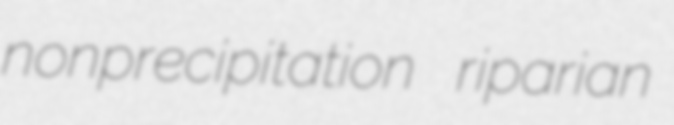
nonprecipitation riparian